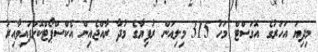
މިދިޔަ އަހަރުގެ އޮގަސްޓް މަހު 315 މިލިއަން ރުފިޔާގެ މުދާ ރާއްޖެއިން އެކްސްޕޯޓްކޮށްފައިވާއިރު